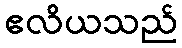
ဧလိယသည်